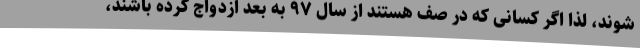
شوند، لذا اگر کسانی که در صف هستند از سال ۹۷ به بعد ازدواج کرده باشند،